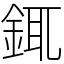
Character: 銸